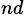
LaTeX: ^{nd}